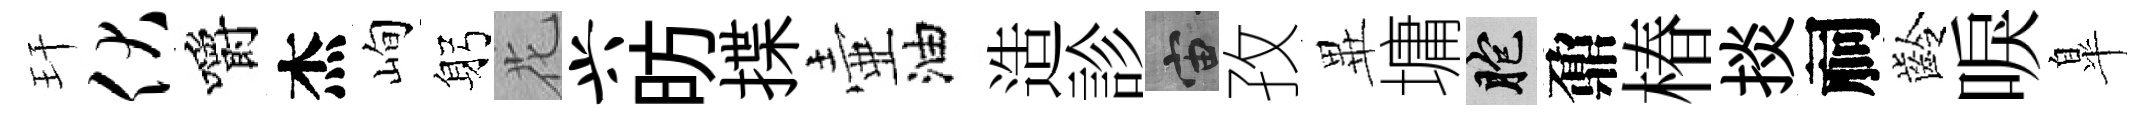
玕伏嚼杰峋躬花兴昉揲壷油造診宙孜𭺾墉胞鼐椿掞祠齡唳臯